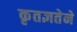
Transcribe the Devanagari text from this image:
कृतज्ञतेने